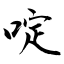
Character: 啶